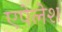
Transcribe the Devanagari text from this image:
एपेलेश